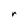
Character: r